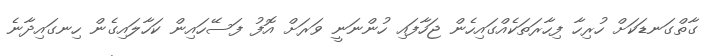
ގާތްގަނޑަކަށް ހުރިހާ ފިހާރަތަކެއްގައިހެން ޖަހާފައި ހުންނަނީ ވަރަށް އޮފު ފަސޭހައިން ކަހާލައިގެން ހިނގައިދާނެ